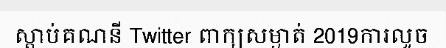
ស្តាប់គណនី Twitter ពាក្យសម្ងាត់ 2019ការលួច